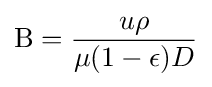
\mathrm {B} ={\frac {u\rho }{\mu (1-\epsilon )D}}